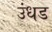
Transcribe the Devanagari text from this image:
उंधड